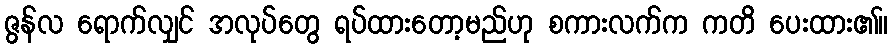
ဇွန်လ ရောက်လျှင် အလုပ်တွေ ရပ်ထားတော့မည်ဟု စကားလက်က ကတိ ပေးထား၏။